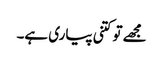
مجھے تو کتنی پیاری ہے۔